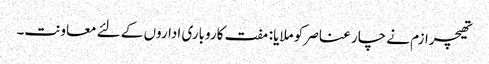
تھیچرازم نے چار عناصر کو ملایا: مفت کاروباری اداروں کے لئے معاونت۔